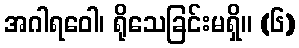
အဂါရဝေါ၊ ရိုသေခြင်းမရှိ။ (၆)